Vaccination in Bombay 1856-1862 - 1856-1862
Year: 1856
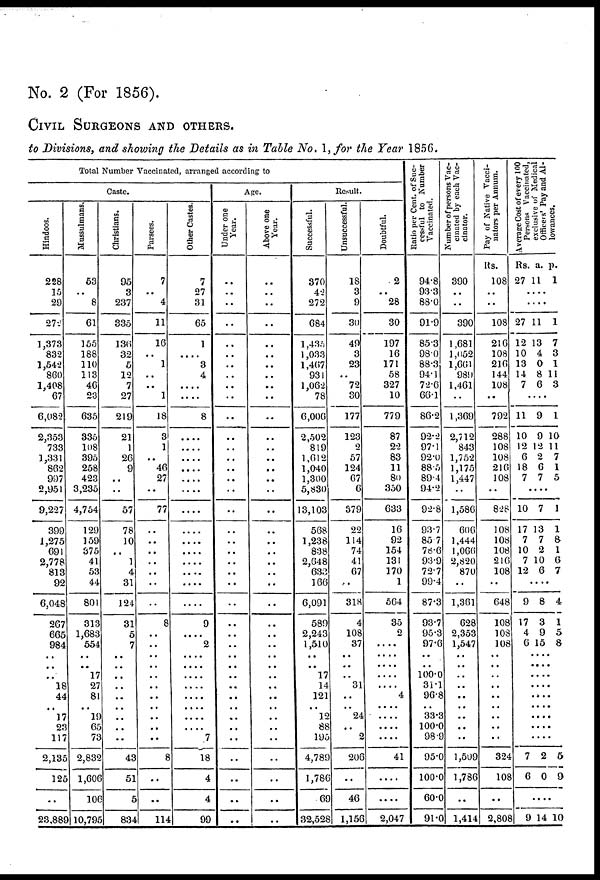
No. 2 (For 1856).
CIVIL SURGEONS AND OTHERS.
to Divisions, and showing the Details as in Table No. 1, for the Year 1856.
Total Number Vaccinated, arranged according to
Caste.
Hindoos.
228
15
29
272
1,373
832
1,542
860
1,408
67
6,082
2,353
733
1,331
862
997
2,951
9,227
399
1,275
691
2,778
813
92
6,048
267
665
984
..
..
..
18
44
.. 17
23
117
2,135
125
..
23,889
Mussulmans.
53
..
8
61
155
188
110
113
46
23
635
335
108
395
258
423
3,235
4,754
129
159
375
41
53
44
801
313
1,683
554
..
..
17
27
81
.. 19
65
73
2,832
1,606
106
10,795
Christians.
95
3
237
335
136
32
5
12
7
27
219
21
1
26
9
..
..
57
78
10
..
1
4
31
124
31
5
7
..
..
..
..
..
..
..
..
..
43
51
5
834
Parsees.
7
..
4
11
16
..
1
..
..
1
18
3
1
..
46
27
..
77
..
..
..
..
..
..
..
8
..
..
..
..
..
..
..
..
..
..
..
8
..
..
114
Other Castes.
7
27
31
65
1
....
3
4
....
....
8
....
....
....
....
....
....
....
....
....
....
....
....
....
....
9
....
2
....
....
....
....
....
....
....
....
7
18
4
4
99
Age.
Under one
Year.
..
..
..
..
..
..
..
..
..
..
..
..
..
..
..
..
..
..
..
..
..
..
..
..
..
..
..
..
..
..
..
..
..
.. ..
..
..
..
..
..
..
Above one
Year.
..
..
..
..
..
..
..
..
..
..
..
..
..
..
..
..
..
..
..
..
..
..
..
..
..
..
..
..
..
..
..
..
..
.. ..
..
..
..
..
..
..
Result.
Successful.
370
42
272
684
1,435
1,033
1,467
931
1,062
78
6,006
2,502
819
1,612
1,040
1,300
5,830
13,103
568
1,238
838
2,648
633
166
6,091
589
2,243
1,510
..
..
17
14
121
.. 12
88
195
4,789
1,786
69
32,528
Unsuccessful.
18
3
9
30
49
3
23
..
72
30
177
123
2
57
124
67
6
379
22
114
74
41
67
..
318
4
108
37
..
..
..
31
..
.. 24
..
2
206
..
46
1,156
Doubtful.
2
..
28
30
197
16
171
58
327
10
779
87
22
83
11
80
350
633
16
92
154
131
170
1
564
35
2
....
....
....
....
....
4
....
....
....
....
41
....
....
2,047
Ratio per Cent. of Suc-
cessful to Number
Vaccinated.
94.8
93.3
88.0
91.9
85.3
98.0
88.3
94.1
72.6
66.1
86.2
92.2
97.1
92.0
88.5
89.4
94.2
92.8
93.7
85.7
78.6
93.9
72.7
99.4
87.3
93.7
95.3
97.6
..
..
100.0
31.1
96.8
.. 33.3
100.0
98.9
95.6
100.0
60.0
91.0
Number of persons Vac-
cinated by each Vac-
cinator.
390
..
..
390
1,681
1,052
1,661
989
1,461
..
1,369
2,712
843
1,752
1,175
1,447
..
1,586
606
1,444
1,066
2,820
870
..
1,361
628
2,353
1,547
..
..
..
..
..
..
..
..
..
1,509
1,786
..
1,414
Pay of Native Vacci-
nators per Annum.
Rs.
108
..
..
108
216
108
216
144
108
..
792
288
108
108
216
108
..
828
108
108
108
216
108
..
648
108
108
108
..
..
..
..
..
..
..
..
..
324
108
..
2,808
Average Cost of every 100
Persons Vaccinated,
exclusive of Medical
Officers' Pay and Al-
lowances.
Rs.
27
a.
11
p.
1
....
....
27
12
10
13
14
7
11
13
4
0
8
6
1
7
3
1
11
3
....
11
10
12
6
18
7
9
9
12
2
6
7
1
10
11
7
1
5
....
10
17
7
10
7
12
7
13
7
2
10
6
1
1
8
1
6
7
....
9
17
4
6
8
3
9
15
4
1
5
8
....
....
....
....
....
....
....
....
....
7
6
2
0
5
9
....
9 14 10